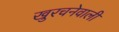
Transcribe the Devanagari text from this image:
खुरचनेवाली